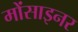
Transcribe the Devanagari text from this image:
मोंसाइनर